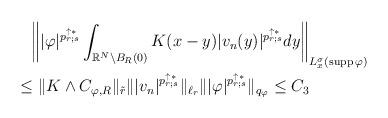
LaTeX: \begin{align*}&\phantom{=}\left\| |\varphi |^{p_{r;s}^{\uparrow *}}\int_{\mathbb{R}^N\setminus B_R(0)}K(x-y)|v_n(y)|^{p_{r;s}^{\uparrow *}}dy\right\|_{L^\sigma_x(\operatorname{supp}\varphi)} \\& \leq \|K\wedge C_{\varphi,R}\|_{\tilde{r}} \| |v_n|^{p_{r;s}^{\uparrow *}}\|_{\ell_r}\| |\varphi |^{p_{r;s}^{\uparrow *}}\|_{q_\varphi}\leq C_3\end{align*}